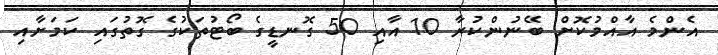
އެންމެ އާއްމުކޮށް ބޭނުންކުރާ 10 އާއި 50 ގޮނޑީގެ ބޯޓުތަކުގެ ގޮތުގައި ކަމަށާއި